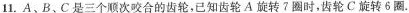
11.A、B、C是三个顺次咬合的齿轮，已知齿轮A旋转7圈时，齿轮C旋转6圈.